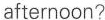
afternoon?